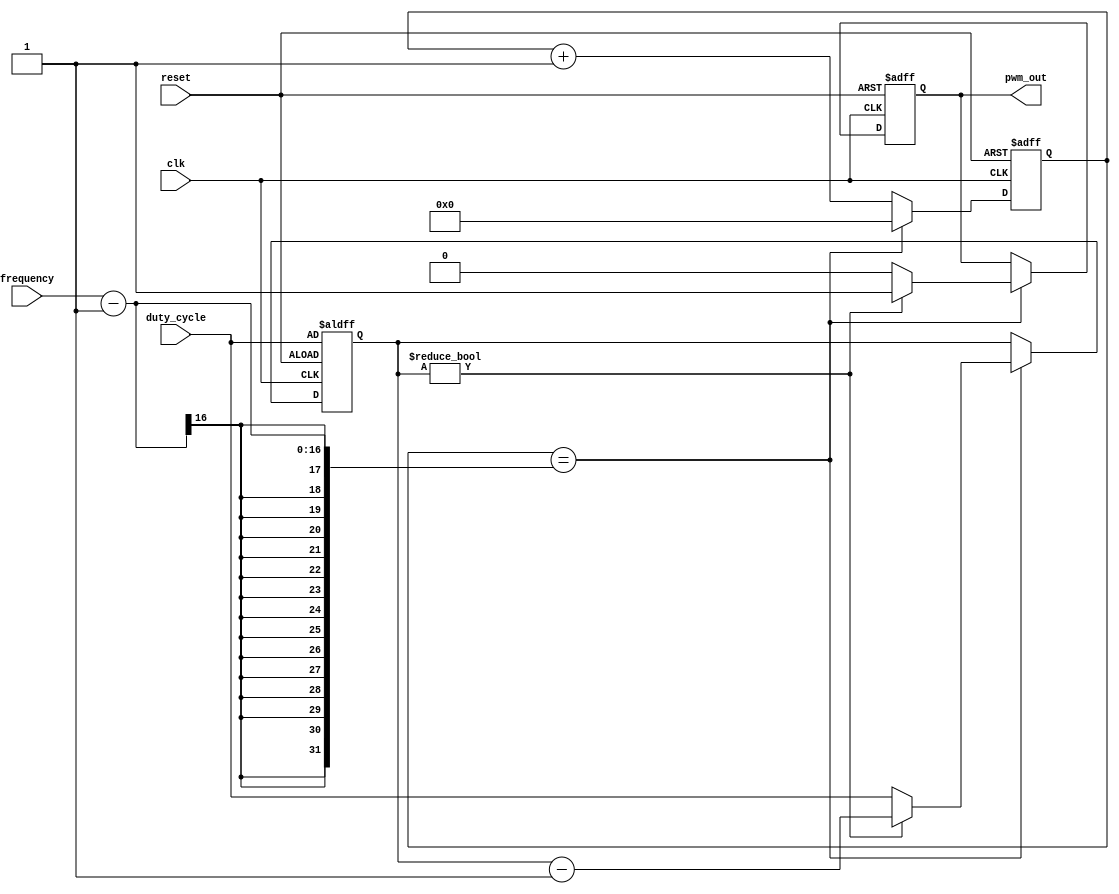
module pwm_timer(
    input wire clk,
    input wire reset,
    input wire [7:0] duty_cycle,
    input wire [15:0] frequency,
    output reg pwm_out
);

reg [15:0] count;
reg [7:0] duty_count;

always @(posedge clk or posedge reset) begin
    if (reset) begin
        count <= 16'b0;
        pwm_out <= 1'b0;
        duty_count <= duty_cycle;
    end else begin
        if (count == frequency - 1) begin
            if (duty_count != 0) begin
                pwm_out <= 1'b1;
                duty_count <= duty_count - 1;
            end else begin
                pwm_out <= 1'b0;
                duty_count <= duty_cycle;
            end
            count <= 16'b0;
        end else begin
            count <= count + 1;
        end
    end
end

endmodule